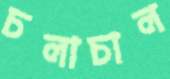
চলাচাল